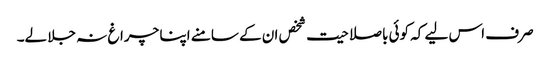
صرف اس لیے کہ کوئی باصلاحیت شخص ان کے سامنے اپنا چراغ نہ جلا لے۔